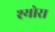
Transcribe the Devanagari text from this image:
श्योरा